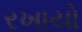
રખાયો